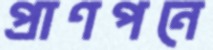
প্রাণপনে